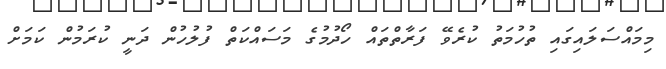
މިމައްސަލައިގައި ތުހުމަތު ކުރެވޭ ފަރާތްތައް ހޯދުމުގެ މަސައްކަތް ފުލުހުން ދަނީ ކުރަމުން ކަމަށް